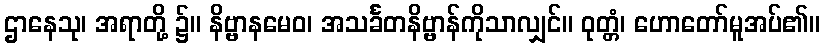
ဌာနေသု၊ အရာတို့ ၌။ နိဗ္ဗာနမေဝ၊ အသင်္ခတနိဗ္ဗာန်ကိုသာလျှင်။ ဝုတ္တံ၊ ဟောတော်မူအပ်၏။